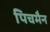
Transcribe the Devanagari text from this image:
पिचमैन